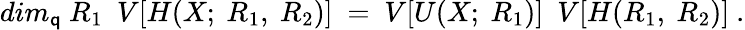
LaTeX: dim_{\mathsf{q}}~R_{1}~~V[H(X;~R_{1},~R_{2})]~=~V[U(X;~R_{1})]~~V[H(R_{1},~R_{2})]~.